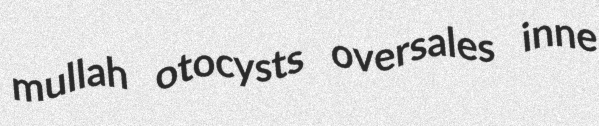
mullah otocysts oversales inne